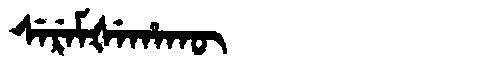
Manchu: ᠰᡝᡵᡝᠮᡧᡝᡥᠠᡴᡡ
Romanization: SEREMŠEHAKŪ